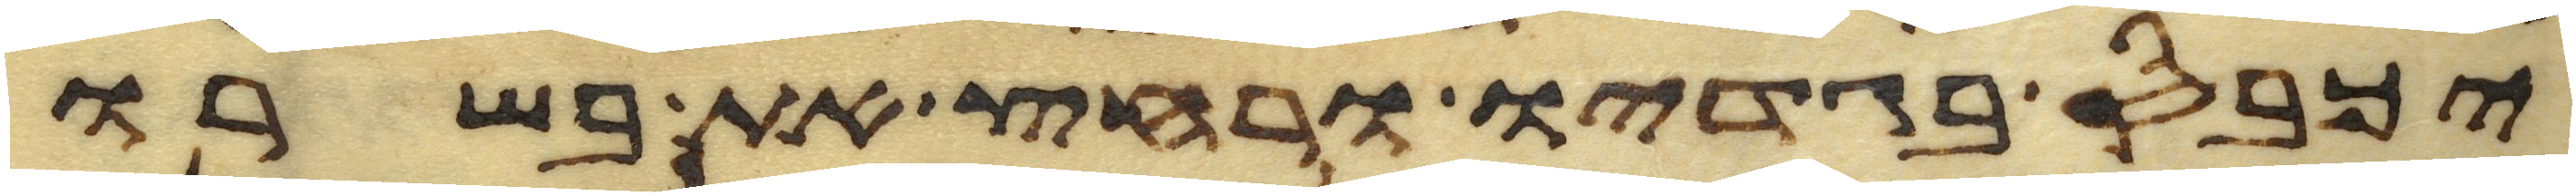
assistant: יכבס בגדיו ורחץ את בשרו